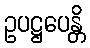
ဥပဋ္ဌပေန္တိ